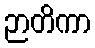
ဉာတိကာ